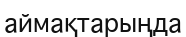
аймақтарыңда